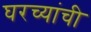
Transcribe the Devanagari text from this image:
घरच्‍यांची